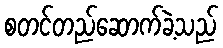
စတင်တည်ဆောက်ခဲ့သည်